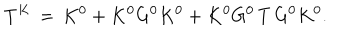
LaTeX: T ^ { K } \, = \, K ^ { 0 } + K ^ { 0 } G ^ { 0 } K ^ { 0 } + K ^ { 0 } G ^ { 0 } \, T \, G ^ { 0 } K ^ { 0 } .